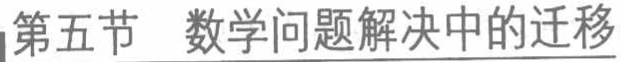
第五节 数学问题解决中的迁移